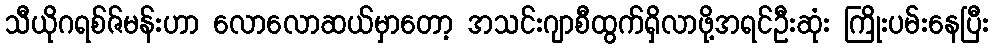
သီယိုဂရစ်ဇ်မန်းဟာ လောလောဆယ်မှာတော့ အသင်းဂျာစီထွက်ရှိလာဖို့အရင်ဦးဆုံး ကြိုးပမ်းနေပြီး